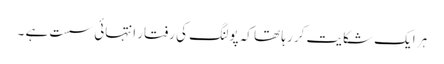
ہر ایک شکایت کر رہا تھا کہ پولنگ کی رفتار انتہائی سست ہے ۔